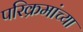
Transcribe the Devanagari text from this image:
परिक्रमांच्या